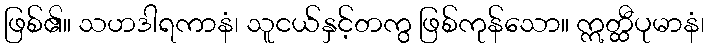
ဖြစ်၏။ သဟဒါရကာနံ၊ သူငယ်နှင့်တကွ ဖြစ်ကုန်သော။ ဣတ္ထီပုမာနံ၊